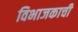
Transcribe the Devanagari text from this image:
विभाजकाची